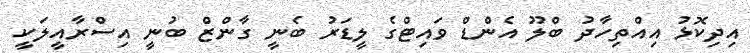
އިދިކޮޅު އިއްތިހާދު ބްލޫ އެންޑް ވައިޓްގެ ލީޑަރު ބެނީ ގާންޒް ބުނީ އިސްރާއީލަކީ